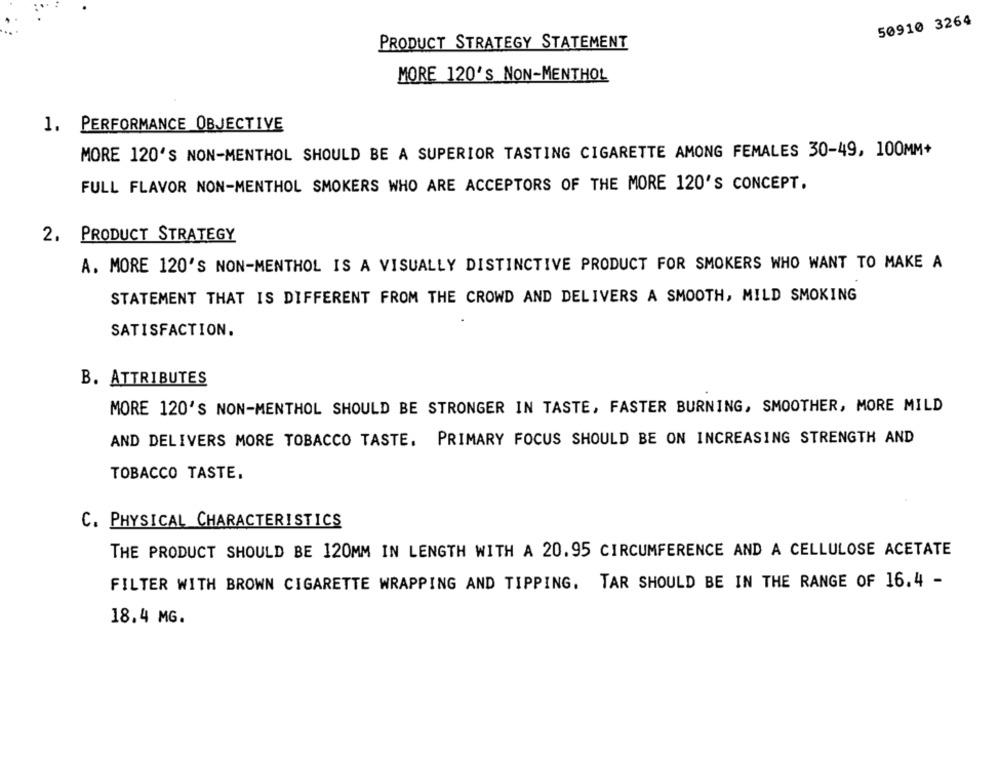
50910 3264
PRODUCT STRATEGY STATEMENT
MORE 120'S NON-MENTHOL
1. PERFORMANCE OBJECTIVE
MORE 120'S NON-MENTHOL SHOULD BE A SUPERIOR TASTING CIGARETTE AMONG FEMALES 30-49, 100MM+
FULL FLAVOR NON-MENTHOL SMOKERS WHO ARE ACCEPTORS OF THE MORE 120'S CONCEPT.
2. PRODUCT STRATEGY
A. MORE 120'S NON-MENTHOL IS A VISUALLY DISTINCTIVE PRODUCT FOR SMOKERS WHO WANT TO MAKE A
STATEMENT THAT IS DIFFERENT FROM THE CROWD AND DELIVERS A SMOOTH, MILD SMOKING
SATISFACTION.
B. ATTRIBUTES
MORE 120'S NON-MENTHOL SHOULD BE STRONGER IN TASTE, FASTER BURNING, SMOOTHER, MORE MILD
AND DELIVERS MORE TOBACCO TASTE. PRIMARY FOCUS SHOULD BE ON INCREASING STRENGTH AND
TOBACCO TASTE.
C. PHYSICAL CHARACTERISTICS
THE PRODUCT SHOULD BE 120MM IN LENGTH WITH A 20.95 CIRCUMFERENCE AND A CELLULOSE ACETATE
FILTER WITH BROWN CIGARETTE WRAPPING AND TIPPING. TAR SHOULD BE IN THE RANGE OF 16.4 -
18.4 MG.